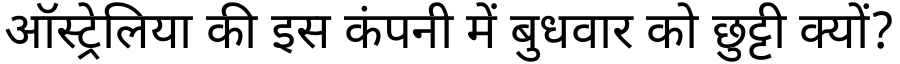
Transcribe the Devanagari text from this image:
ऑस्ट्रेलिया की इस कंपनी में बुधवार को छुट्टी क्यों?